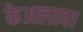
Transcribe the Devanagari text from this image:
केअलावा